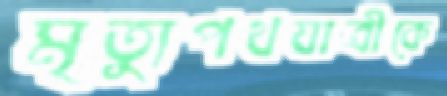
মৃত্যুপথযাত্রীকে